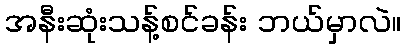
အနီးဆုံးသန့်စင်ခန်း ဘယ်မှာလဲ။